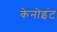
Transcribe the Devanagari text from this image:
केनोइंट